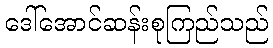
ဒေါ်အောင်ဆန်းစုကြည်သည်